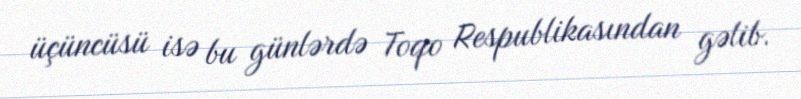
üçüncüsü isə bu günlərdə Toqo Respublikasından gəlib.